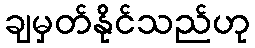
ချမှတ်နိုင်သည်ဟု